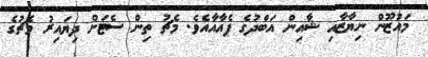
މައުޒޫން ނިޔާޒާއި ޝާއިން އަބްދުގެ ޕެއާއާއެވެ. މެޗު ތިން ސެޓަށް ދިޔައިރު މެޗުގެ